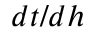
d t / d h